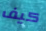
كيف